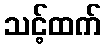
သင့်ထက်